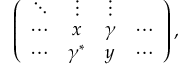
\begin{array} { r } { { \left( \begin{array} { c c c c } { \ddots } & { \vdots } & { \vdots } & { } \\ { \cdots } & { x } & { \gamma } & { \cdots } \\ { \cdots } & { \gamma ^ { * } } & { y } & { \cdots } \end{array} \right) } \, , } \end{array}